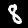
Digit: 8